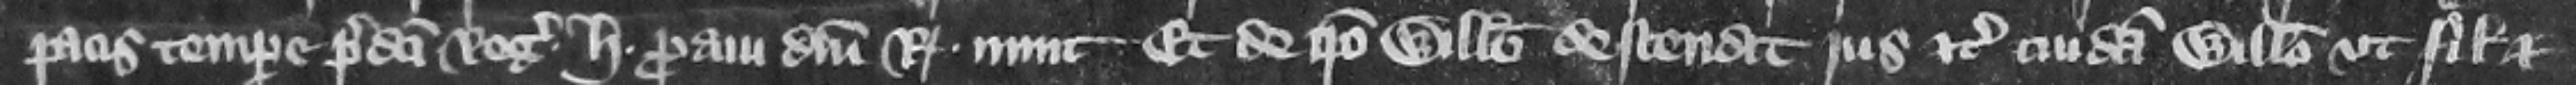
pacis tempore predicti regis. H. proaui domini regis nunc et de ipso Willelmo descendit jus etc. cuidam Willelmo vt filio et